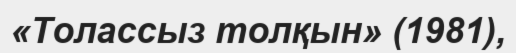
«Толассыз толқын» (1981),